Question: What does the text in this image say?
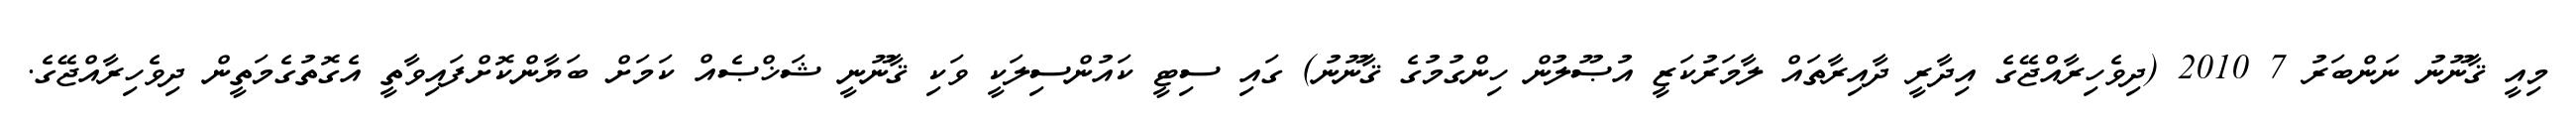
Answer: މިއީ ޤާނޫނު ނަންބަރު 7 2010 (ދިވެހިރާއްޖޭގެ އިދާރީ ދާއިރާތައް ލާމަރުކަޒީ އުޞޫލުން ހިންގުމުގެ ޤާނޫނު) ގައި ސިޓީ ކައުންސިލަކީ ވަކި ޤާނޫނީ ޝަޚްޞެއް ކަމަށް ބަޔާންކޮށްފައިވާތީ އެގޮތުގެމަތީން ދިވެހިރާއްޖޭގެ.